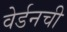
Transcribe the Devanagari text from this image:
वेर्डनची